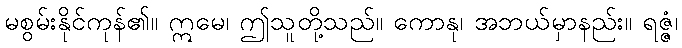
မစွမ်းနိုင်ကုန်၏။ ဣမေ၊ ဤသူတို့သည်။ ကောနု၊ အဘယ်မှာနည်း။ ရဇ္ဇံ၊